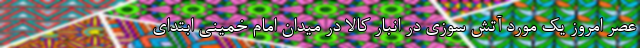
عصر امروز یک مورد آتش سوزی در انبار کالا در میدان امام خمینی ابتدای